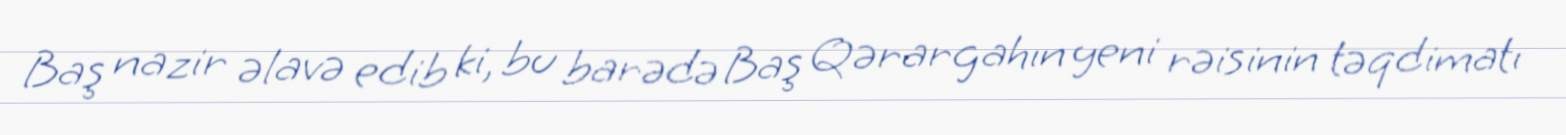
Baş nazir əlavə edib ki, bu barədə Baş Qərargahın yeni rəisinin təqdimatı